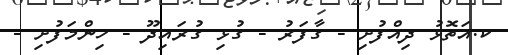
ކ.އަތޮޅު ދިއްފުށި - ގާފަރު - ގުޅި ގުރައިދޫ - ހިންމަފުށި -